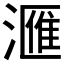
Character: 𣾀